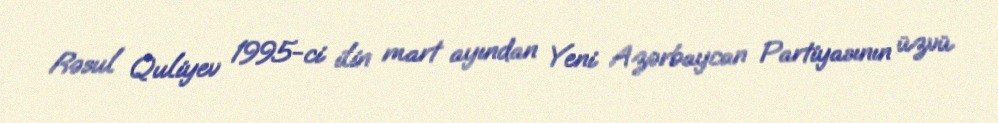
Rəsul Quliyev 1995-ci ilin mart ayından Yeni Azərbaycan Partiyasının üzvü